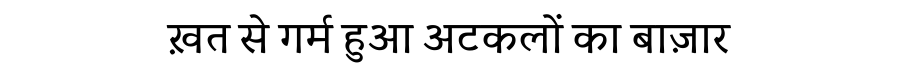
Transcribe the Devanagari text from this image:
ख़त से गर्म हुआ अटकलों का बाज़ार